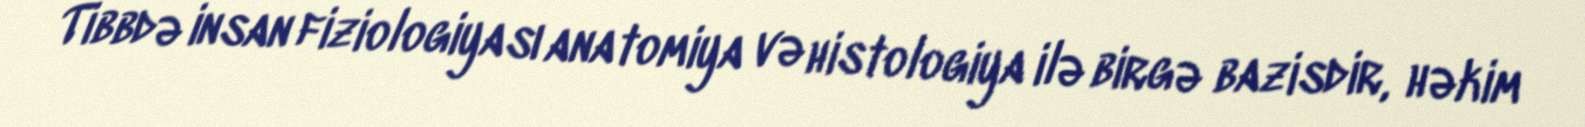
Tibbdə insan fiziologiyası anatomiya və histologiya ilə birgə bazisdir, həkim